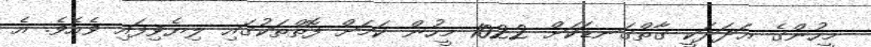
މީހުންގެ ޢަދަދަކީ ގާތްގަނޑަކަށް 1022 މީހުން ކަމަށް ފޮތްތަކުގައި ލިޔެވިފައި ވެއެވެ. އެ